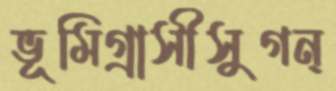
ভূমিগ্রাসীসুগন্